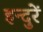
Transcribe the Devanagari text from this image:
इन्दुरें